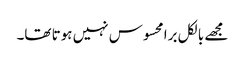
مجھے بالکل برا محسوس نہیں ہوتا تھا۔